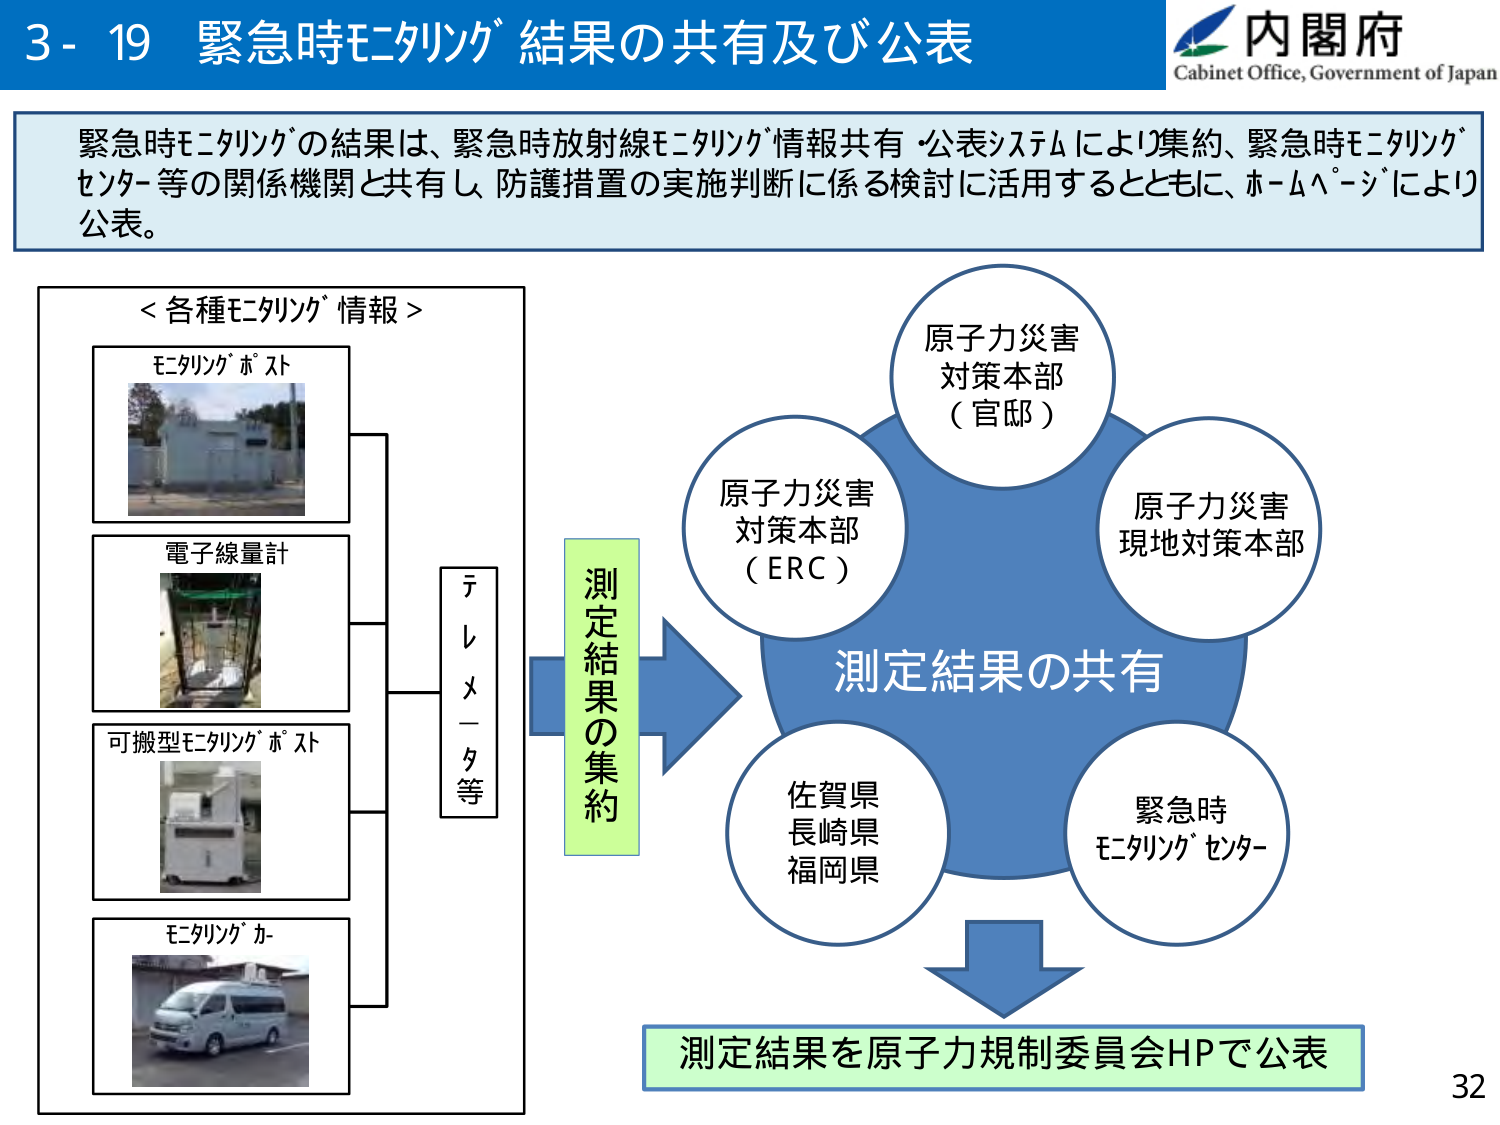
3-19 緊急時モニタリング 結果の共有及び公表
内閣府
Cabinet Office, Government of Japan

緊急時モニタリングの結果は、緊急時放射線モニタリング情報共有・公表システムにより集約、緊急時モニタリングセンター等の関係機関と共有し、防護措置の実施判断に係る検討に活用するとともに、ホームページにより公表。

＜各種モニタリング情報＞
モニタリングポスト
電子線量計
可搬型モニタリングポスト
モニタリングカー
テレメータ等

測定結果の集約

原子力災害対策本部（官邸）
原子力災害対策本部（ERC）
原子力災害現地対策本部
佐賀県
長崎県
福岡県
緊急時モニタリングセンター

測定結果の共有

測定結果を原子力規制委員会HPで公表

32